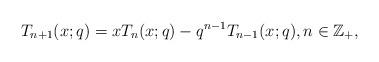
LaTeX: \begin{align*}T_{n+1}(x;q)=xT_{n}(x;q)-q^{n-1}T_{n-1}(x;q), n\in\mathbb{Z}_{+}, \end{align*}